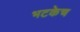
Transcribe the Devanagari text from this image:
भटकेच